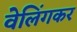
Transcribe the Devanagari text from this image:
वेलिंगकर